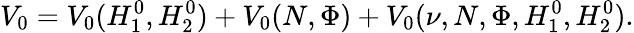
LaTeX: V_{0}=V_{0}(H_{1}^{0},H_{2}^{0})+V_{0}(N,\Phi)+V_{0}(\nu,N,\Phi,H_{1}^{0},H_{2}^{0}).